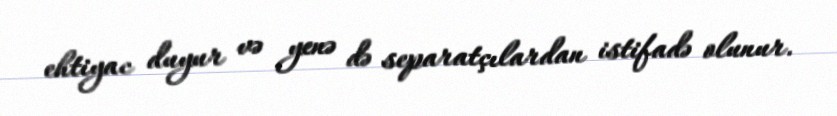
ehtiyac duyur və yenə də separatçılardan istifadə olunur.